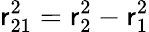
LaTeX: \mathsf{r}_{21}^{2}=\mathsf{r}_{2}^{2}-\mathsf{r}_{1}^{2}